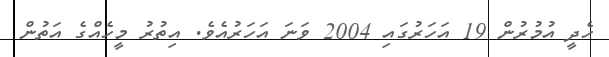
ހެދީ އުމުރުން 19 އަހަރުގައި 2004 ވަނަ އަހަރުއެވެ. އިތުރު މީހެއްގެ އަތުން